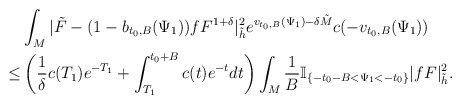
\begin{align*}&\int_{M}|\tilde{F}-(1-b_{t_0,B}(\Psi_1))fF^{1+\delta}|^2_{\tilde{h}}e^{v_{t_0,B}(\Psi_1)-\delta \tilde{M}}c(-v_{t_0,B}(\Psi_1))\\\le & \left(\frac{1}{\delta}c(T_1)e^{-T_1}+\int_{T_1}^{t_0+B}c(t)e^{-t}dt\right)\int_M \frac{1}{B} \mathbb{I}_{\{-t_0-B< \Psi_1 < -t_0\}} |fF|^2_{\tilde{h}}.\end{align*}